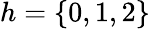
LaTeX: h=\lbrace 0,1,2\rbrace